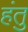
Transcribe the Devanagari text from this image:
हंतु